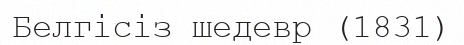
Белгісіз шедевр (1831)